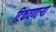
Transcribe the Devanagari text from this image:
टिकवणाऱ्या